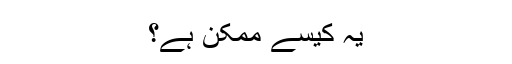
یہ کیسے ممکن ہے؟